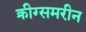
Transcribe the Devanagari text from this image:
क्रीग्समरीन